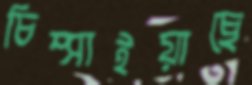
চিম্‌সাইয়াছে